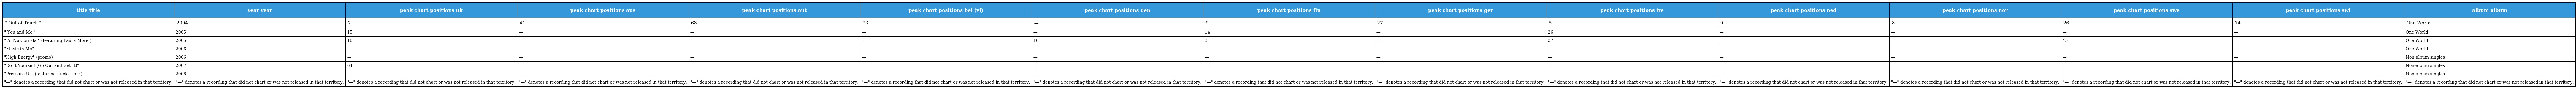
| title title | year year | peak chart positions uk | peak chart positions aus | peak chart positions aut | peak chart positions bel (vl) | peak chart positions den | peak chart positions fin | peak chart positions ger | peak chart positions ire | peak chart positions ned | peak chart positions nor | peak chart positions swe | peak chart positions swi | album album |
 | --- | --- | --- | --- | --- | --- | --- | --- | --- | --- | --- | --- | --- | --- | --- |
 | " Out of Touch " | 2004 | 7 | 41 | 68 | 23 | — | 9 | 27 | 5 | 9 | 8 | 26 | 74 | One World |
 | " You and Me " | 2005 | 15 | — | — | — | — | 14 | — | 26 | — | — | — | — | One World |
 | " Ai No Corrida " (featuring Laura More ) | 2005 | 18 | — | — | — | 16 | 3 | — | 37 | — | — | 43 | — | One World |
 | "Music in Me" | 2006 | — | — | — | — | — | — | — | — | — | — | — | — | One World |
 | "High Energy" (promo) | 2006 | — | — | — | — | — | — | — | — | — | — | — | — | Non-album singles |
 | "Do It Yourself (Go Out and Get It)" | 2007 | 64 | — | — | — | — | — | — | — | — | — | — | — | Non-album singles |
 | "Pressure Us" (featuring Lucia Horn) | 2008 | — | — | — | — | — | — | — | — | — | — | — | — | Non-album singles |
 | "—" denotes a recording that did not chart or was not released in that territory. | "—" denotes a recording that did not chart or was not released in that territory. | "—" denotes a recording that did not chart or was not released in that territory. | "—" denotes a recording that did not chart or was not released in that territory. | "—" denotes a recording that did not chart or was not released in that territory. | "—" denotes a recording that did not chart or was not released in that territory. | "—" denotes a recording that did not chart or was not released in that territory. | "—" denotes a recording that did not chart or was not released in that territory. | "—" denotes a recording that did not chart or was not released in that territory. | "—" denotes a recording that did not chart or was not released in that territory. | "—" denotes a recording that did not chart or was not released in that territory. | "—" denotes a recording that did not chart or was not released in that territory. | "—" denotes a recording that did not chart or was not released in that territory. | "—" denotes a recording that did not chart or was not released in that territory. | "—" denotes a recording that did not chart or was not released in that territory. |